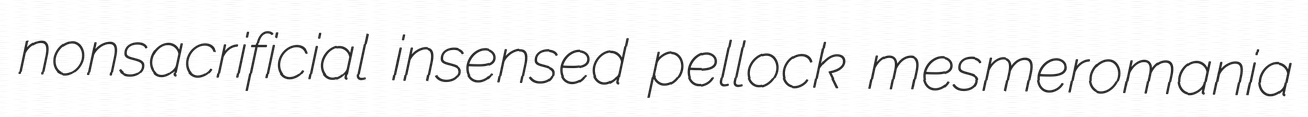
nonsacrificial insensed pellock mesmeromania